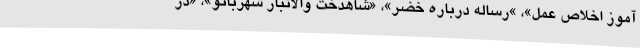
آموز اخلاص عمل»، »رساله درباره خضر»، «شاهدخت والاتبار شهربانو»، «در